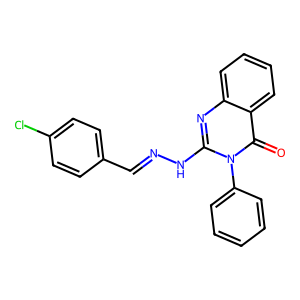
SMILES: O=c1c2ccccc2nc(NN=Cc2ccc(Cl)cc2)n1-c1ccccc1
Inhibits HIV replication: No